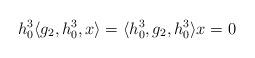
LaTeX: \begin{align*}h_0^3 \langle g_2, h_0^3, x \rangle =\langle h_0^3, g_2, h_0^3 \rangle x = 0\end{align*}